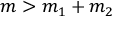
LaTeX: m > m _ { 1 } + m _ { 2 }